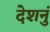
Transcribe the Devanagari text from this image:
देशनुं